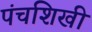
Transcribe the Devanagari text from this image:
पंचशिखी